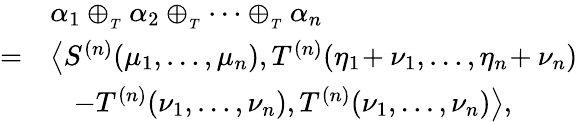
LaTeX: \begin{array}{rl}&{\alpha_{1}\oplus_{_{T}}\alpha_{2}\oplus_{_{T}}\cdots\oplus_{_{T}}\alpha_{n}}\\ {=}&{\left\langle S^{(n)}(\mu_{1},\ldots,\mu_{n}),T^{(n)}(\eta_{1}\! +\nu_{1},\ldots,\eta_{n}\! +\nu_{n})\right.}\\ &{\left.\quad\! -T^{(n)}(\nu_{1},\ldots,\nu_{n}),T^{(n)}(\nu_{1},\ldots,\nu_{n})\right\rangle,}\end{array}